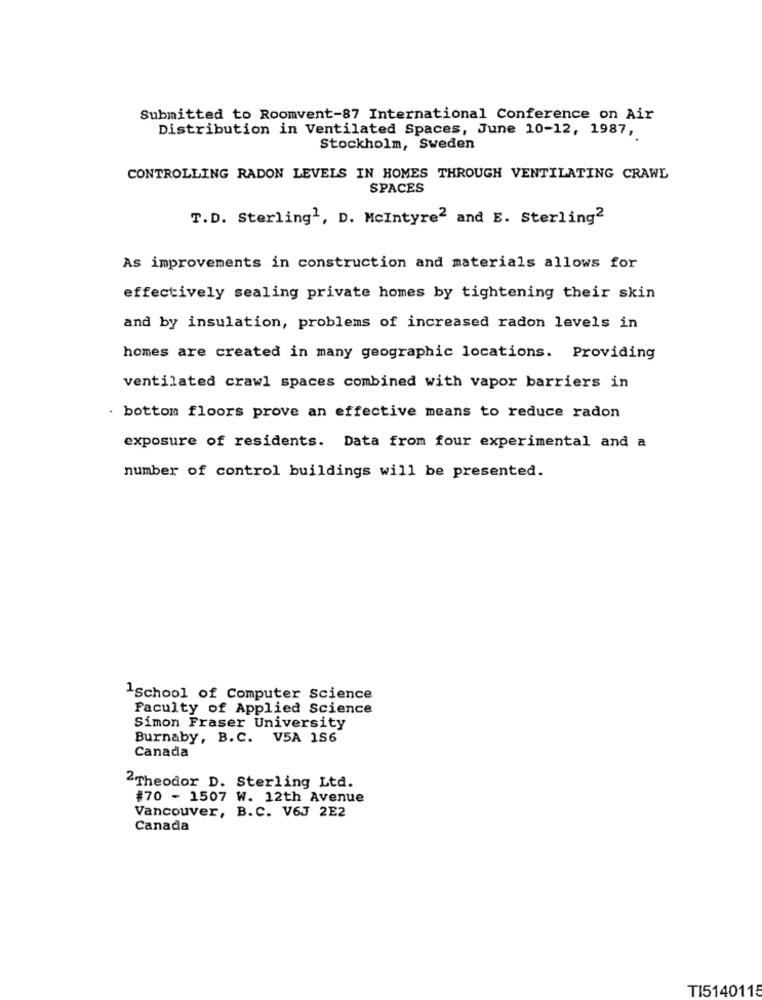
Submitted to Roomvent-87 International Conference on Air
Distribution in Ventilated Spaces, June 10-12, 1987,
Stockholm, Sweden
CONTROLLING RADON LEVELS IN HOMES THROUGH VENTILATING CRAWL
SPACES
T.D. Sterling1, D. Mcintyre2 and E. Sterling2
As improvements in construction and materials allows for
effectively sealing private homes by tightening their skin
and by insulation, problems of increased radon levels in
homes are created in many geographic locations. Providing
ventilated crawl spaces combined with vapor barriers in
. bottom floors prove an effective means to reduce radon
exposure of residents. Data from four experimental and a
number of control buildings will be presented.
1School of Computer Science
Faculty of Applied Science
Simon Fraser University
Burnaby, B.C. V5A 1S6
Canada
2Theodor D. Sterling Ltd.
#70 - 1507 W. 12th Avenue
Vancouver, B.C. V6J 2E2
Canada
TI5140115